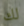
لك